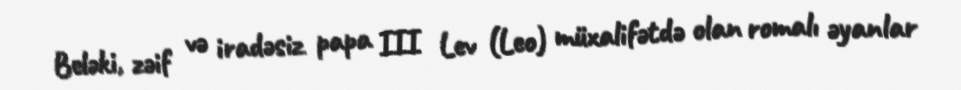
Beləki, zəif və iradəsiz papa III Lev (Leo) müxalifətdə olan romalı əyanlar